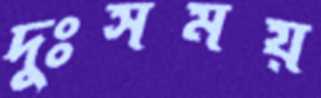
দুঃসময়